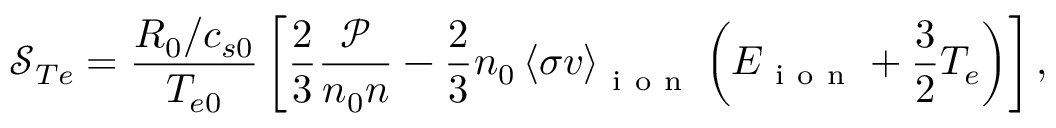
\mathcal { S } _ { T e } = \frac { R _ { 0 } / c _ { s 0 } } { T _ { e 0 } } \left[ \frac { 2 } { 3 } \frac { \mathcal { P } } { n _ { 0 } n } - \frac { 2 } { 3 } n _ { 0 } \left< \sigma v \right> _ { \mathrm { ~ i ~ o ~ n ~ } } \left( E _ { \mathrm { ~ i ~ o ~ n ~ } } + \frac { 3 } { 2 } T _ { e } \right) \right] ,